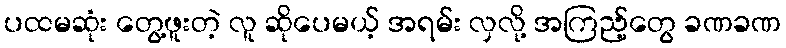
ပထမဆုံး တွေ့ဖူးတဲ့ လူ ဆိုပေမယ့် အရမ်း လှလို့ အကြည့်တွေ ခဏခဏ